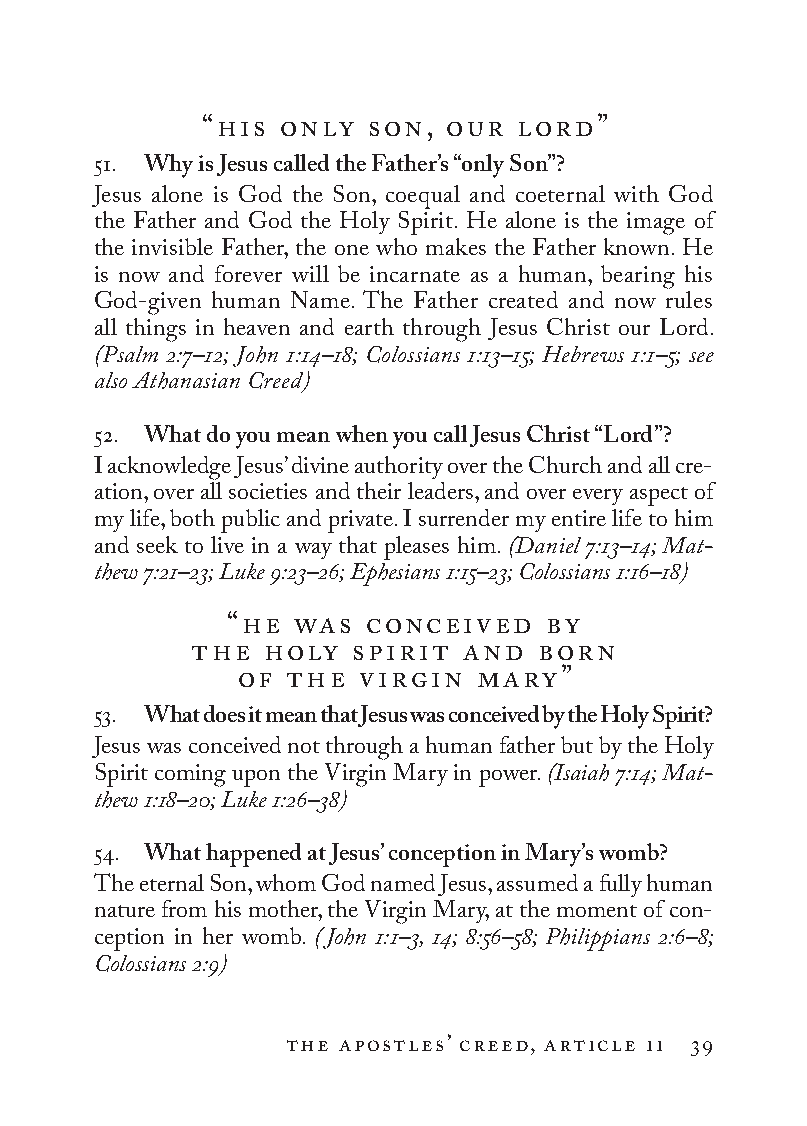
“his only  son, our  lord”
 51. Why is Jesus called the Father’s “only Son”?
 Jesus alone is God the Son, coequal and coeternal with God
 the Father and God the Holy Spirit. He alone is the image of
 the invisible Father, the one who makes the Father known. He
 is now and forever will be incarnate as a human, bearing his
 God-given human Name. The Father created and now rules
 all things in heaven and earth through Jesus Christ our Lord.
 (Psalm 2:7–12; John 1:14–18; Colossians 1:13–15; Hebrews 1:1–5; see
 also Athanasian Creed)
 52. What do you mean when you call Jesus Christ “Lord”?
 I acknowledge Jesus’ divine authority over the Church and all cre-
 ation, over all societies and their leaders, and over every aspect of
 my life, both public and private. I surrender my entire life to him
 and seek to live in a way that pleases him. (Daniel 7:13–14; Mat­
 thew 7:21–23; Luke 9:23–26; Ephesians 1:15–23; Colossians 1:16–18)
 “he  was  conceived  by
 the  holy  spirit and  born
 of the  virgin  mary”
 53. What does it mean that Jesus was conceived by the Holy Spirit?
 Jesus was conceived not through a human father but by the Holy
 Spirit coming upon the Virgin Mary in power. (Isaiah 7:14; Mat­
 thew 1:18–20; Luke 1:26–38)
 54. What happened at Jesus’ conception in Mary’s womb?
 The eternal Son, whom God named Jesus, assumed a fully human
 nature from his mother, the Virgin Mary, at the moment of con-
 ception in her womb. (John 1:1–3, 14; 8:56–58; Philippians 2:6–8;
 Colossians 2:9)
 the apostles’ creed, article ii 39
 To be a Christian.566776.int.indd 39        11/13/19 1:31 PM